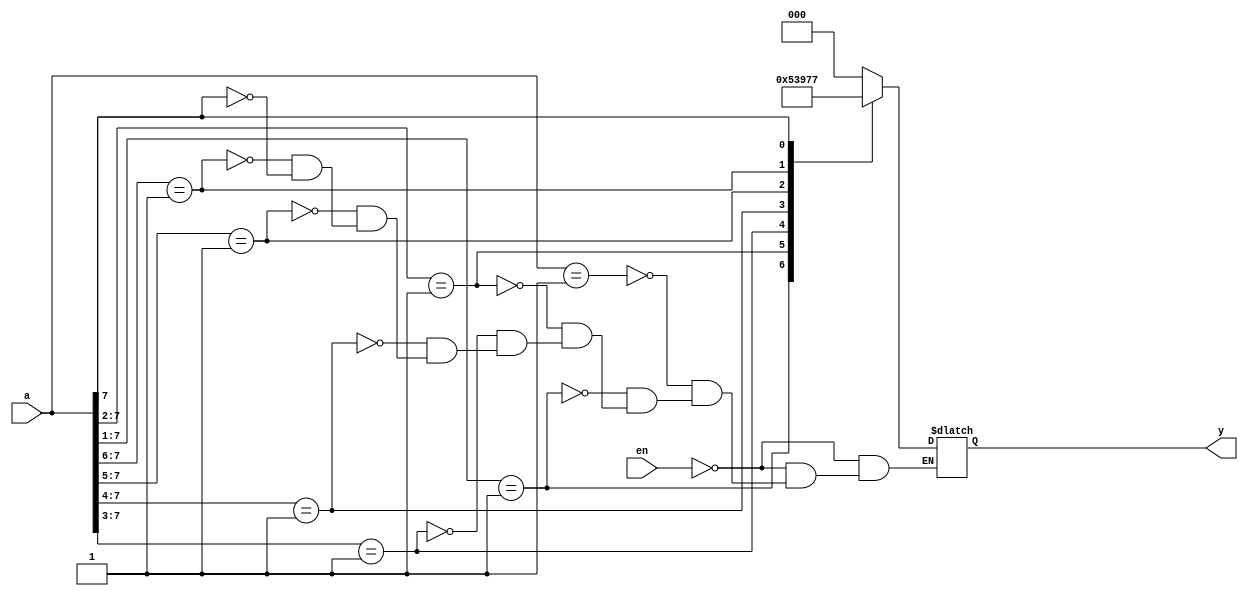
`timescale 1ns / 1ps
//////////////////////////////////////////////////////////////////////////////////
// Company: 
// Engineer: 
// 
// Design Name: 
// Module Name: Encoder8to3_Priority
// Project Name: 
// Target Devices: 
// Tool Versions: 
// Description: 
// 
// Dependencies: 
// 
// Revision:
// Revision 0.01 - File Created
// Additional Comments:
// 
//////////////////////////////////////////////////////////////////////////////////

module Encoder8to3_Priority(en, a, y);
input en;
input [7:0]a;
output reg [2:0]y;
always @(a, en)
begin
    if(en == 1)
    y = 3'bzzz;
    else
    casex (a)
        8'b00000001:y=3'b000;
        8'b0000001x:y=3'b001;
        8'b000001xx:y=3'b010;
        8'b00001xxx:y=3'b011;
        8'b0001xxxx:y=3'b100;
        8'b001xxxxx:y=3'b101;
        8'b01xxxxxx:y=3'b110;
        8'b1xxxxxxx:y=3'b111;
    endcase
end
endmodule

module stimulus;
reg en;
reg [7:0]a;
wire [2:0]y;
Encoder8to3_Priority uut(en, a, y);
initial
begin
    en = 0;
    a = 8'b00010010;
    #10 a = 8'b10100000;
    #10 a = 8'b00000001;
    #10 a = 8'b00001001;
end
endmodule